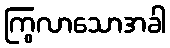
ကြွလာသောအခါ